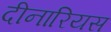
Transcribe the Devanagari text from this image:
दीनारियस